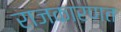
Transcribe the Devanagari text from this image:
राजकारणत